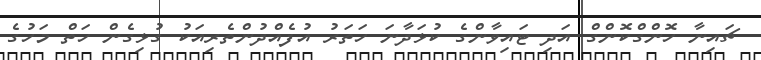
ޗައިނާ ހޮންގްކޮންގް އަދި ޓައިވާންގެ ކުޅަދާނަ ހަތަރު އުފެއްދުންތެރިއަކު ގުޅިގެން ހަތް މަހުގެ